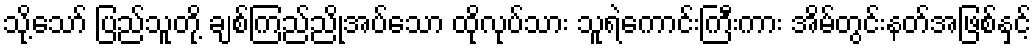
သို့သော် ပြည်သူတို့ ချစ်ကြည်ညိုအပ်သော ထိုလုပ်သား သူရဲကောင်းကြီးကား အိမ်တွင်းနတ်အဖြစ်နှင့်